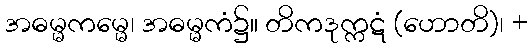
အဓမ္မကမ္မေ၊ အဓမ္မကံ၌။ တိကဒုက္ကဋံ (ဟောတိ)၊ +